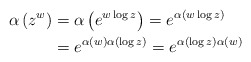
\begin{align*}\alpha\left(z^w \right) & = \alpha\left(e^{w\log z} \right) = e^{\alpha\left(w \log z \right)} \\& = e^{ \alpha(w) \alpha\left(\log z \right)} = e^{ \alpha\left(\log z \right) \alpha(w)} \end{align*}